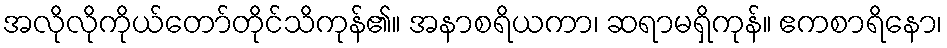
အလိုလိုကိုယ်တော်တိုင်သိကုန်၏။ အနာစရိယကာ၊ ဆရာမရှိကုန်။ ဧကစာရိနော၊